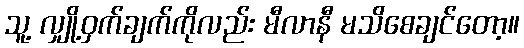
သူ့ လျှို့ဝှက်ချက်ကိုလည်း မီလာနီ မသိစေချင်တော့။